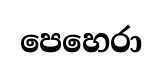
පෙහෙරා